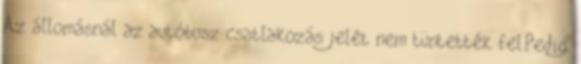
Az állomásnál az autóbusz csatlakozás jelét nem tüntették fel.Pedig